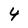
Character: 4